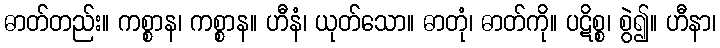
ဓာတ်တည်း။ ကစ္စာန၊ ကစ္စာန။ ဟီနံ၊ ယုတ်သော။ ဓာတုံ၊ ဓာတ်ကို။ ပဋိစ္စ၊ စွဲ၍။ ဟီနာ၊